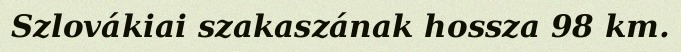
Szlovákiai szakaszának hossza 98 km.